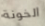
الخونة